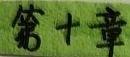
第十章